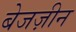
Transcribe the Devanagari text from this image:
बेजज़ीन